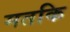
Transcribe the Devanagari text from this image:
मतकि